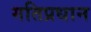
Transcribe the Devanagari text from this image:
गतिप्रधान